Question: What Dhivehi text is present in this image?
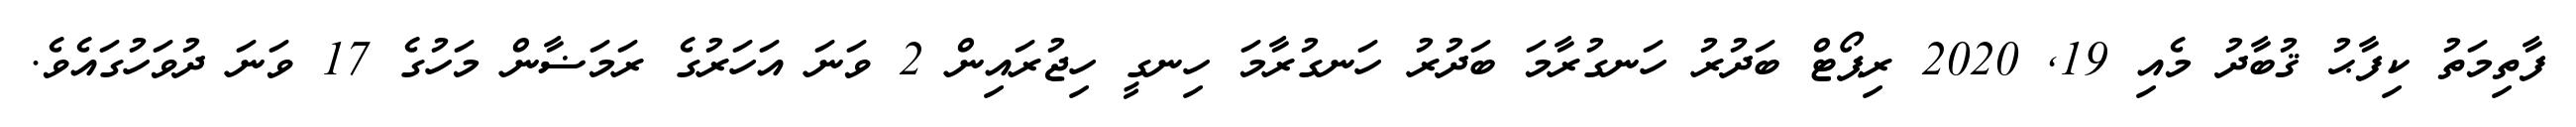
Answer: ފާތިމަތު ކިފާޙު ޤުބާދު މެއި 19, 2020 ރިޕޯޓް ބަދުރު ހަނގުރާމަ ބަދުރު ހަނގުރާމަ ހިނގީ ހިޖުރައިން 2 ވަނަ އަހަރުގެ ރަމަޟާން މަހުގެ 17 ވަނަ ދުވަހުގައެވެ.